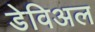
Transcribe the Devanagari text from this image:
डेविअल